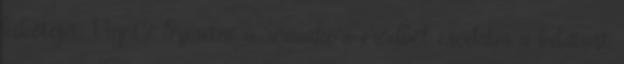
kikötőjét, Vigot? Szeretné a rómaikori erődből csodálni a kilátást